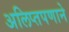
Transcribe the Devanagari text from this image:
अलिप्तपणाने